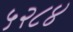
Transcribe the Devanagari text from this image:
५२८४